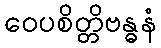
ဝေပစိတ္တိဗန္ဓနံ